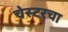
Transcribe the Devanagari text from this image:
चेस्टरचा